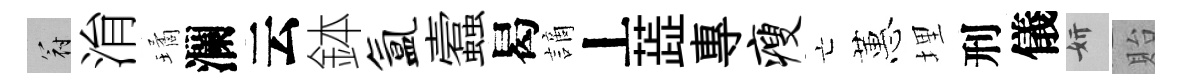
冠㳙璚瀾云鉢氲蠧曷謫丄蕋專瘦亡蕙埋刑儀妍貽